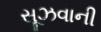
સૂઝવાની